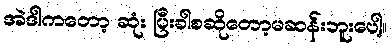
အဲဒါကတော့ ဆုံး ပြီးခါစဆိုတော့မဆန်းဘူးပေါ့။